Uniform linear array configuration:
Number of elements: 4
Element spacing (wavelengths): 0.5
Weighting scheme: hann
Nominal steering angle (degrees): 0
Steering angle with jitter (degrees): -1.85
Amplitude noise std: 0.05
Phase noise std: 0.05

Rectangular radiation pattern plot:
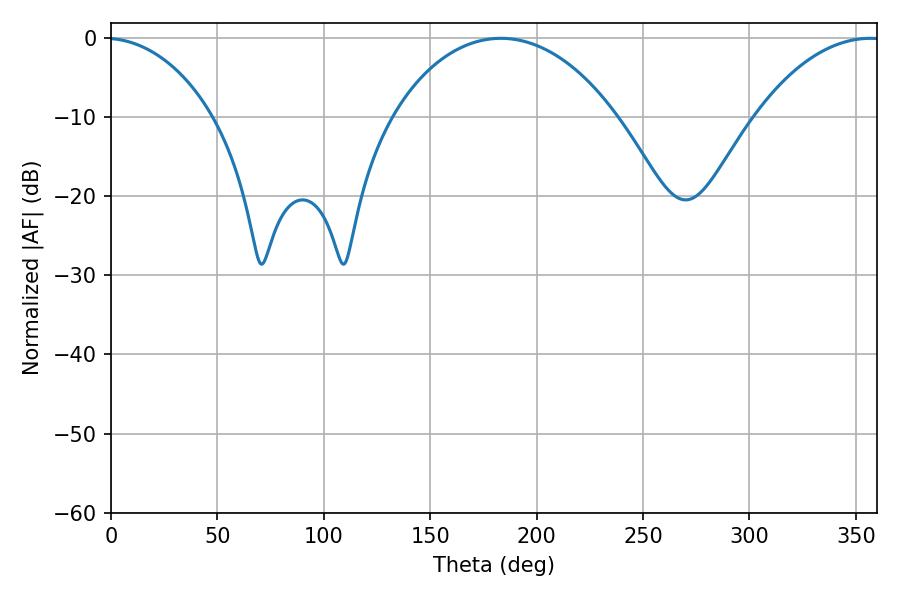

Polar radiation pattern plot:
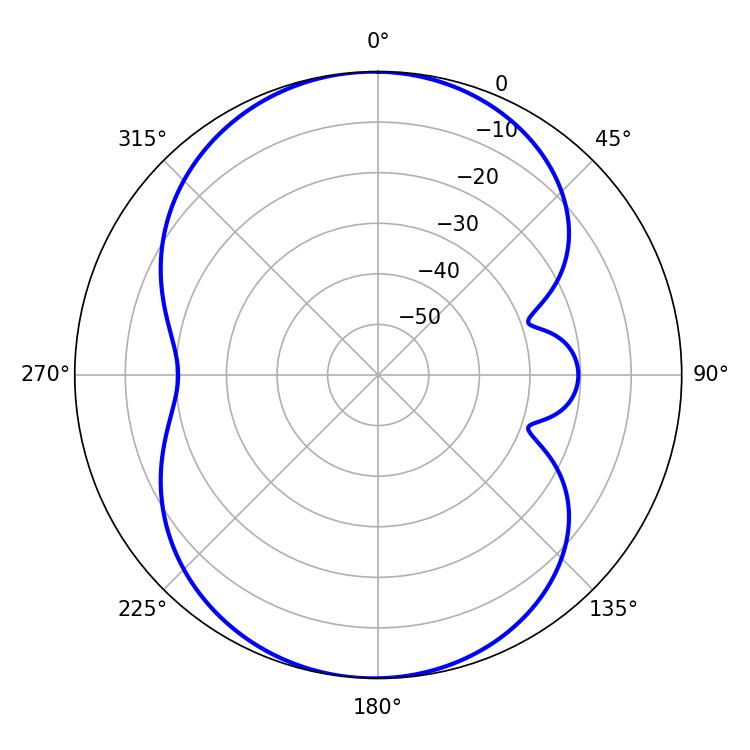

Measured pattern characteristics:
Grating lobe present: FALSE
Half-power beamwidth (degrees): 59.94
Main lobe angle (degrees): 183.24